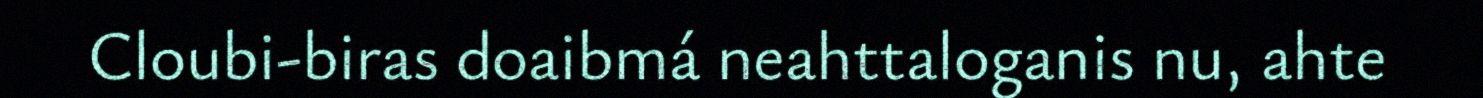
Cloubi-biras doaibmá neahttaloganis nu, ahte